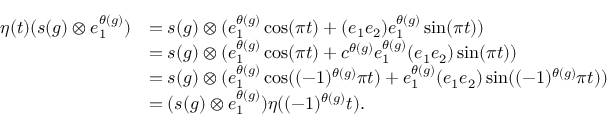
\begin{array} { r l } { \eta ( t ) ( s ( g ) \otimes e _ { 1 } ^ { \theta ( g ) } ) } & { = s ( g ) \otimes ( e _ { 1 } ^ { \theta ( g ) } \cos ( \pi t ) + ( e _ { 1 } e _ { 2 } ) e _ { 1 } ^ { \theta ( g ) } \sin ( \pi t ) ) } \\ & { = s ( g ) \otimes ( e _ { 1 } ^ { \theta ( g ) } \cos ( \pi t ) + c ^ { \theta ( g ) } e _ { 1 } ^ { \theta ( g ) } ( e _ { 1 } e _ { 2 } ) \sin ( \pi t ) ) } \\ & { = s ( g ) \otimes ( e _ { 1 } ^ { \theta ( g ) } \cos ( ( - 1 ) ^ { \theta ( g ) } \pi t ) + e _ { 1 } ^ { \theta ( g ) } ( e _ { 1 } e _ { 2 } ) \sin ( ( - 1 ) ^ { \theta ( g ) } \pi t ) ) } \\ & { = ( s ( g ) \otimes e _ { 1 } ^ { \theta ( g ) } ) \eta ( ( - 1 ) ^ { \theta ( g ) } t ) . } \end{array}